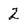
Character: 2